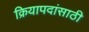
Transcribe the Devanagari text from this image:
क्रियापदांसाठी